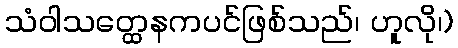
သံဝါသတ္ထေနကပင်ဖြစ်သည်၊ ဟူလို၊)